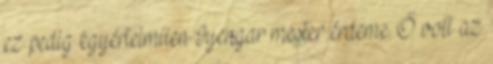
ez pedig egyértelműen Iyengar mester érdeme. Ő volt az